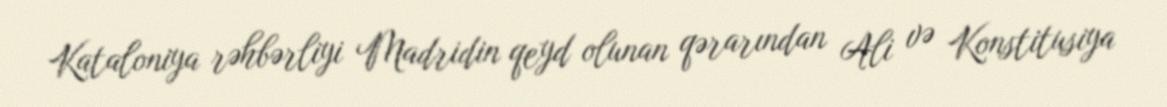
Kataloniya rəhbərliyi Madridin qeyd olunan qərarından Ali və Konstitusiya